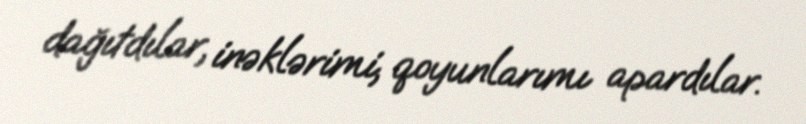
dağıtdılar, inəklərimi, qoyunlarımı apardılar.